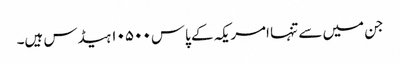
جن میں سے تنہا امریکہ کے پاس ۱۰۵۰۰ ہیڈس ہیں۔